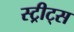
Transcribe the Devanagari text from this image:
स्ट्रीट्‌स